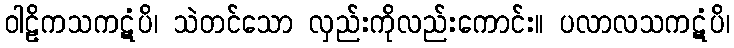
ဝါဠိကသကဋံပိ၊ သဲတင်သော လှည်းကိုလည်းကောင်း။ ပလာလသကဋံပိ၊